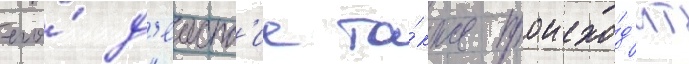
его́ д'еиств'ие та́кже происхо́д'ит